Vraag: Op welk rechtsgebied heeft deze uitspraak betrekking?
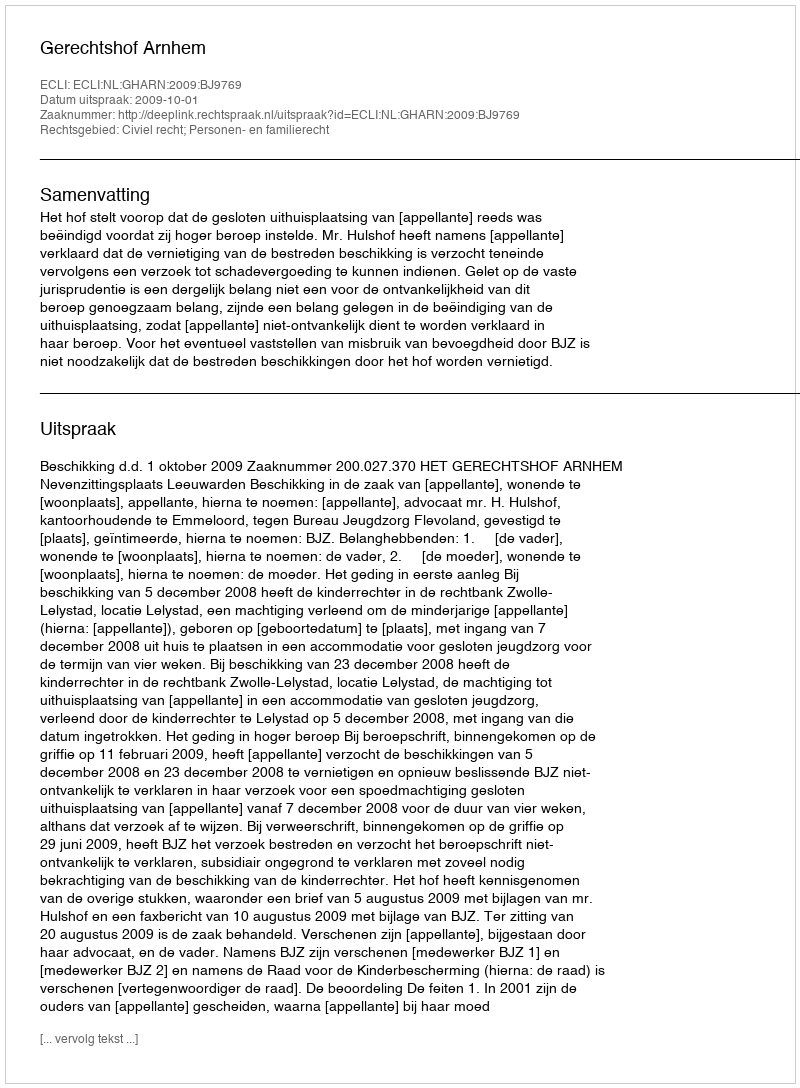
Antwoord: Civiel recht; Personen- en familierecht